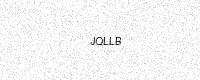
Text: JQLLB